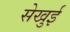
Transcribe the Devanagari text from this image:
सेखुई